Annual administration report of the Civil Veterinary Department of India - 1896-1897
Year: 1896
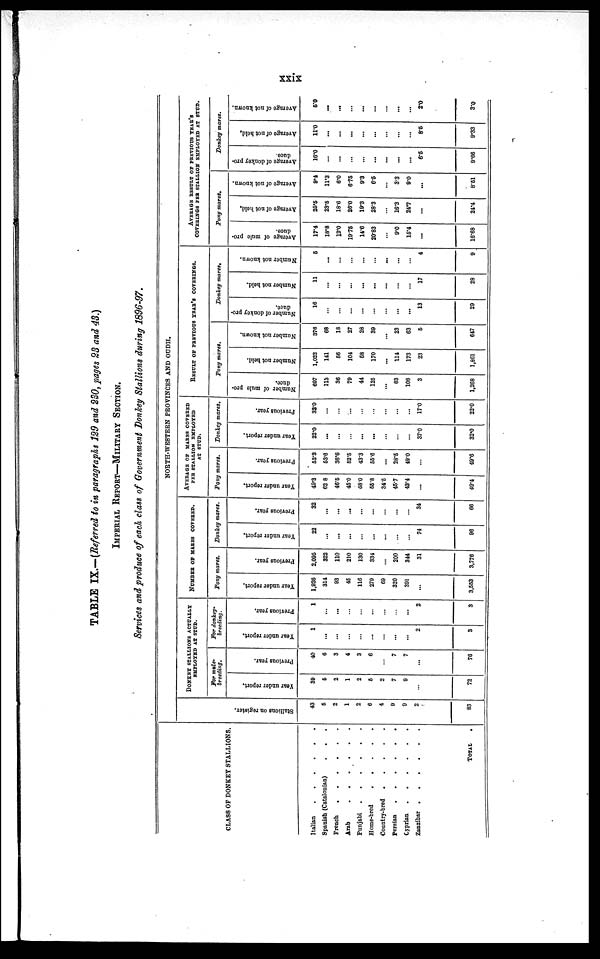
xxix
TABLE IX.—(Referred to in paragraphs 129 and 230, pages 23 and 43.)
IMPERIAL
REPORT—MILITARY
SECTION.
Services and produce of each class of Government Donkey Stallions during 1896-97.
CLASS OF DONKEY STALLIONS.
Italian
.
.
.
.
.
.
Spanish (Catalonian) . . .
French
.
.
.
.
.
.
Arab
.
.
.
.
.
.
Punjabi
.
.
.
.
.
Home-bred
.
.
.
.
.
Country-bred
.
.
.
.
.
Persian
.
.
.
.
.
.
Cyprian
.
.
.
.
.
.
Zanzibar
.
.
.
.
.
.
TOTAL
NORTH-WESTERN PROVINCES AND OUDH.
Stallions on register.
43
5
2
1
2
6
4
9
9
2
83
DONKEY STALLIONS ACTUALLY
EMPLOYED AT STUD.
For mule-
breeding.
Year under report,
39
6
2
1
2
5
2
7
9
...
72
Previous year.
40
6
3
4
3
6
...
7
7
...
76
For donkey-
breeding.
Year under report.
1
...
...
...
...
...
...
...
...
2
3
Previous year.
1
...
...
...
...
...
...
...
...
2
3
NUMBER OF MARES COVERED.
Pony mares.
Year under report,
1,926
314
93
45
116
279
69
320
391
...
3,553
Previous year.
2,095
322
110
210
130
334
...
200
344
31
3,776
Donkey mares.
Year under report.
22
...
...
...
...
...
...
...
...
74
96
Previous year.
32
...
...
...
...
...
...
...
...
34
66
AVERAGE OF MARES COVERED PER STALLION EMPLOYED
AT STUD.
Pony mares.
Year under report.
49.3
62 8
46.5
45.0
58.0
55.8
34.5
45.7
43.4
...
49.4
Previous year.
52.3
53.6
36.6
52.5
433
55.6
...
28.5
49.0
...
49.6
Donkey mares.
Year under report.
22.0
...
...
...
...
...
...
...
...
37.0
32.0
Provious year.
32.0
...
...
...
...
...
...
...
...
17.0
22.0
RESULT OF PREVIOUS YEAR'S COVERINGS.
Pony mares.
Number of mule pro-
duce.
697
113
36
79
44
125
...
63
108
3
1,268
Number not held.
1,022
141
56
104
58
170
...
114
173
23
1,861
Number not known.
376
68
18
27
28
39
...
23
63
5
647
Donkey mares.
Number of donkey pro-
duce.
16
...
...
...
...
...
...
...
...
13
29
Number not held.
11
...
...
...
...
...
...
...
...
17
28
Number not known.
5
...
...
...
...
...
...
...
...
4
9
AVERAGE RESULT OF PREVIOUS YEAR'S
COVERINGS PER STALLION EMPLOYED AT STUD.
Pony mares.
Average of mule pro-
duce.
17.4
18.8
12.0
19.75
14.6
20.83
...
9.0
15.4
...
16.68
Average of not held,
25.5
23.5
18.6
26.0
19.3
28.3
...
16.3
24.7
...
24.4
Average
of not known.
9.4
11.3
6.0
6.75
9.3
6.5
...
3.3
9.0
...
8.51
Donkey mares.
Average of donkey pro-
duce.
16.0
...
...
...
...
...
...
...
...
6.5
9.66
Average
of not held,
11.0
...
...
...
...
...
...
...
...
8.5
9.33
Average of not known.
5.0
...
...
...
...
...
...
...
...
2.0
3.0